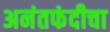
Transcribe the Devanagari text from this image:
अनंतफंदीचा